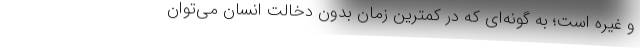
و غیره است؛ به گونه‌ای که در کمترین زمان بدون دخالت انسان می‌توان